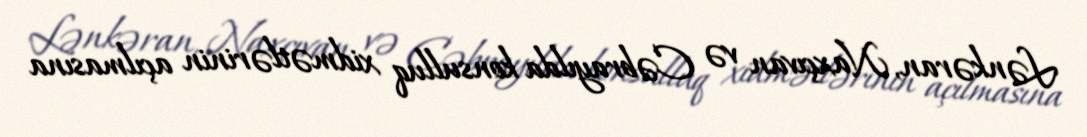
Lənkəran, Naxçıvan və Cəbrayılda konsulluq xidmətlərinin açılmasına